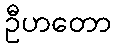
ဦဟတော